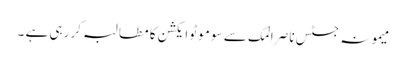
میمونہ جسٹس ناصر المک سے سو موٹو ایکشن کا مطالبہ کر رہی ہے ۔